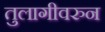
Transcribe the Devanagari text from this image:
तुलागीवरुन